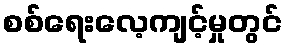
စစ်ရေးလေ့ကျင့်မှုတွင်